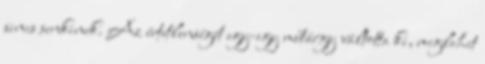
sincs senkinek. Az értetlenségét egy-egy műtárgy váltotta ki, meglehet